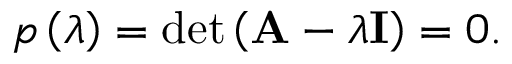
p \left( \lambda \right) = \operatorname* { d e t } \left( \mathbf { A } - \lambda \mathbf { I } \right) = 0 .